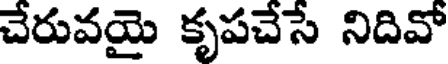
చేరువయై కృపచేసే నిదివో